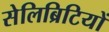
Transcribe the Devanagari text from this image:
सेलिब्रिटियों